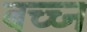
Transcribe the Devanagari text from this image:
बच्च्न